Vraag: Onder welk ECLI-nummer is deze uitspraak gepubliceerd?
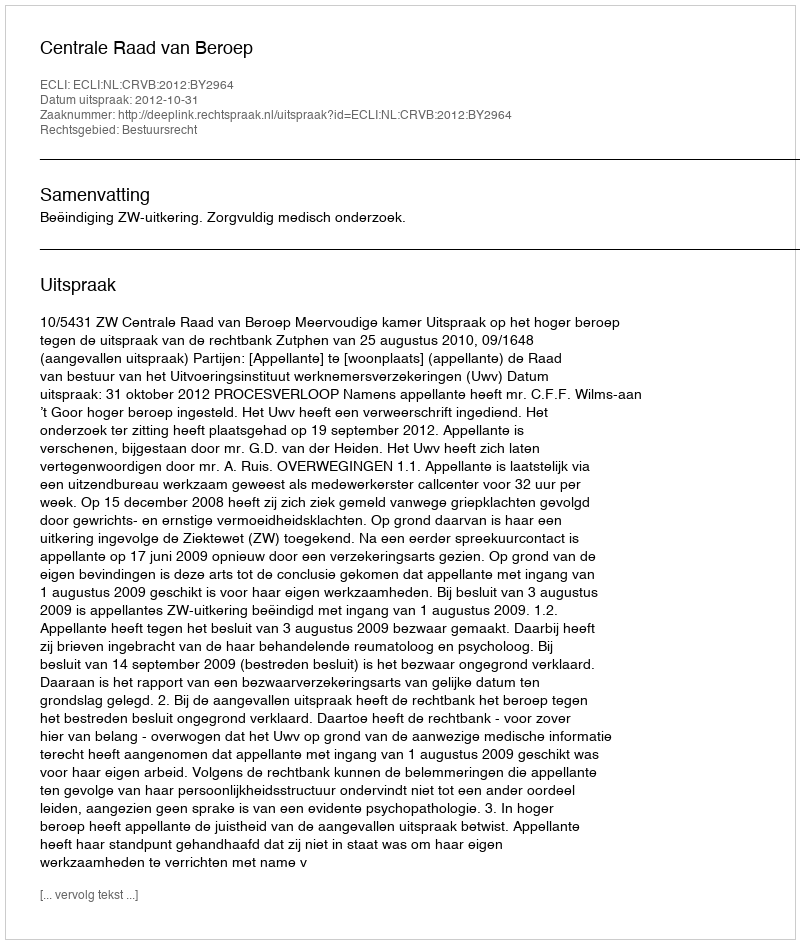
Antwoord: ECLI:NL:CRVB:2012:BY2964